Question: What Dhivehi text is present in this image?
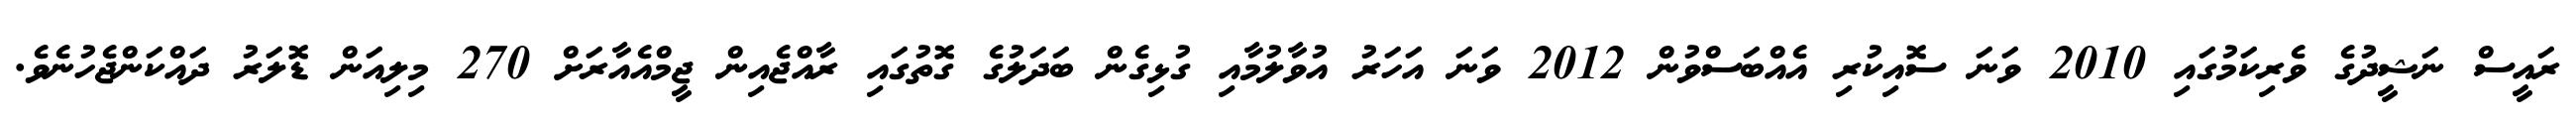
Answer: ރައީސް ނަޝީދުގެ ވެރިކަމުގައި 2010 ވަނަ ސޮއިކުރި އެއްބަސްވުން 2012 ވަނަ އަހަރު އުވާލުމާއި ގުޅިގެން ބަދަލުގެ ގޮތުގައި ރާއްޖެއިން ޖީމްއެއާރަށް 270 މިލިއަން ޑޮލަރު ދައްކަންޖެހުނެވެ.